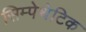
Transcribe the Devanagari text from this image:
सिम्पेथेटिक